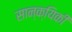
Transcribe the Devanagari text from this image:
सान्क्यिकी